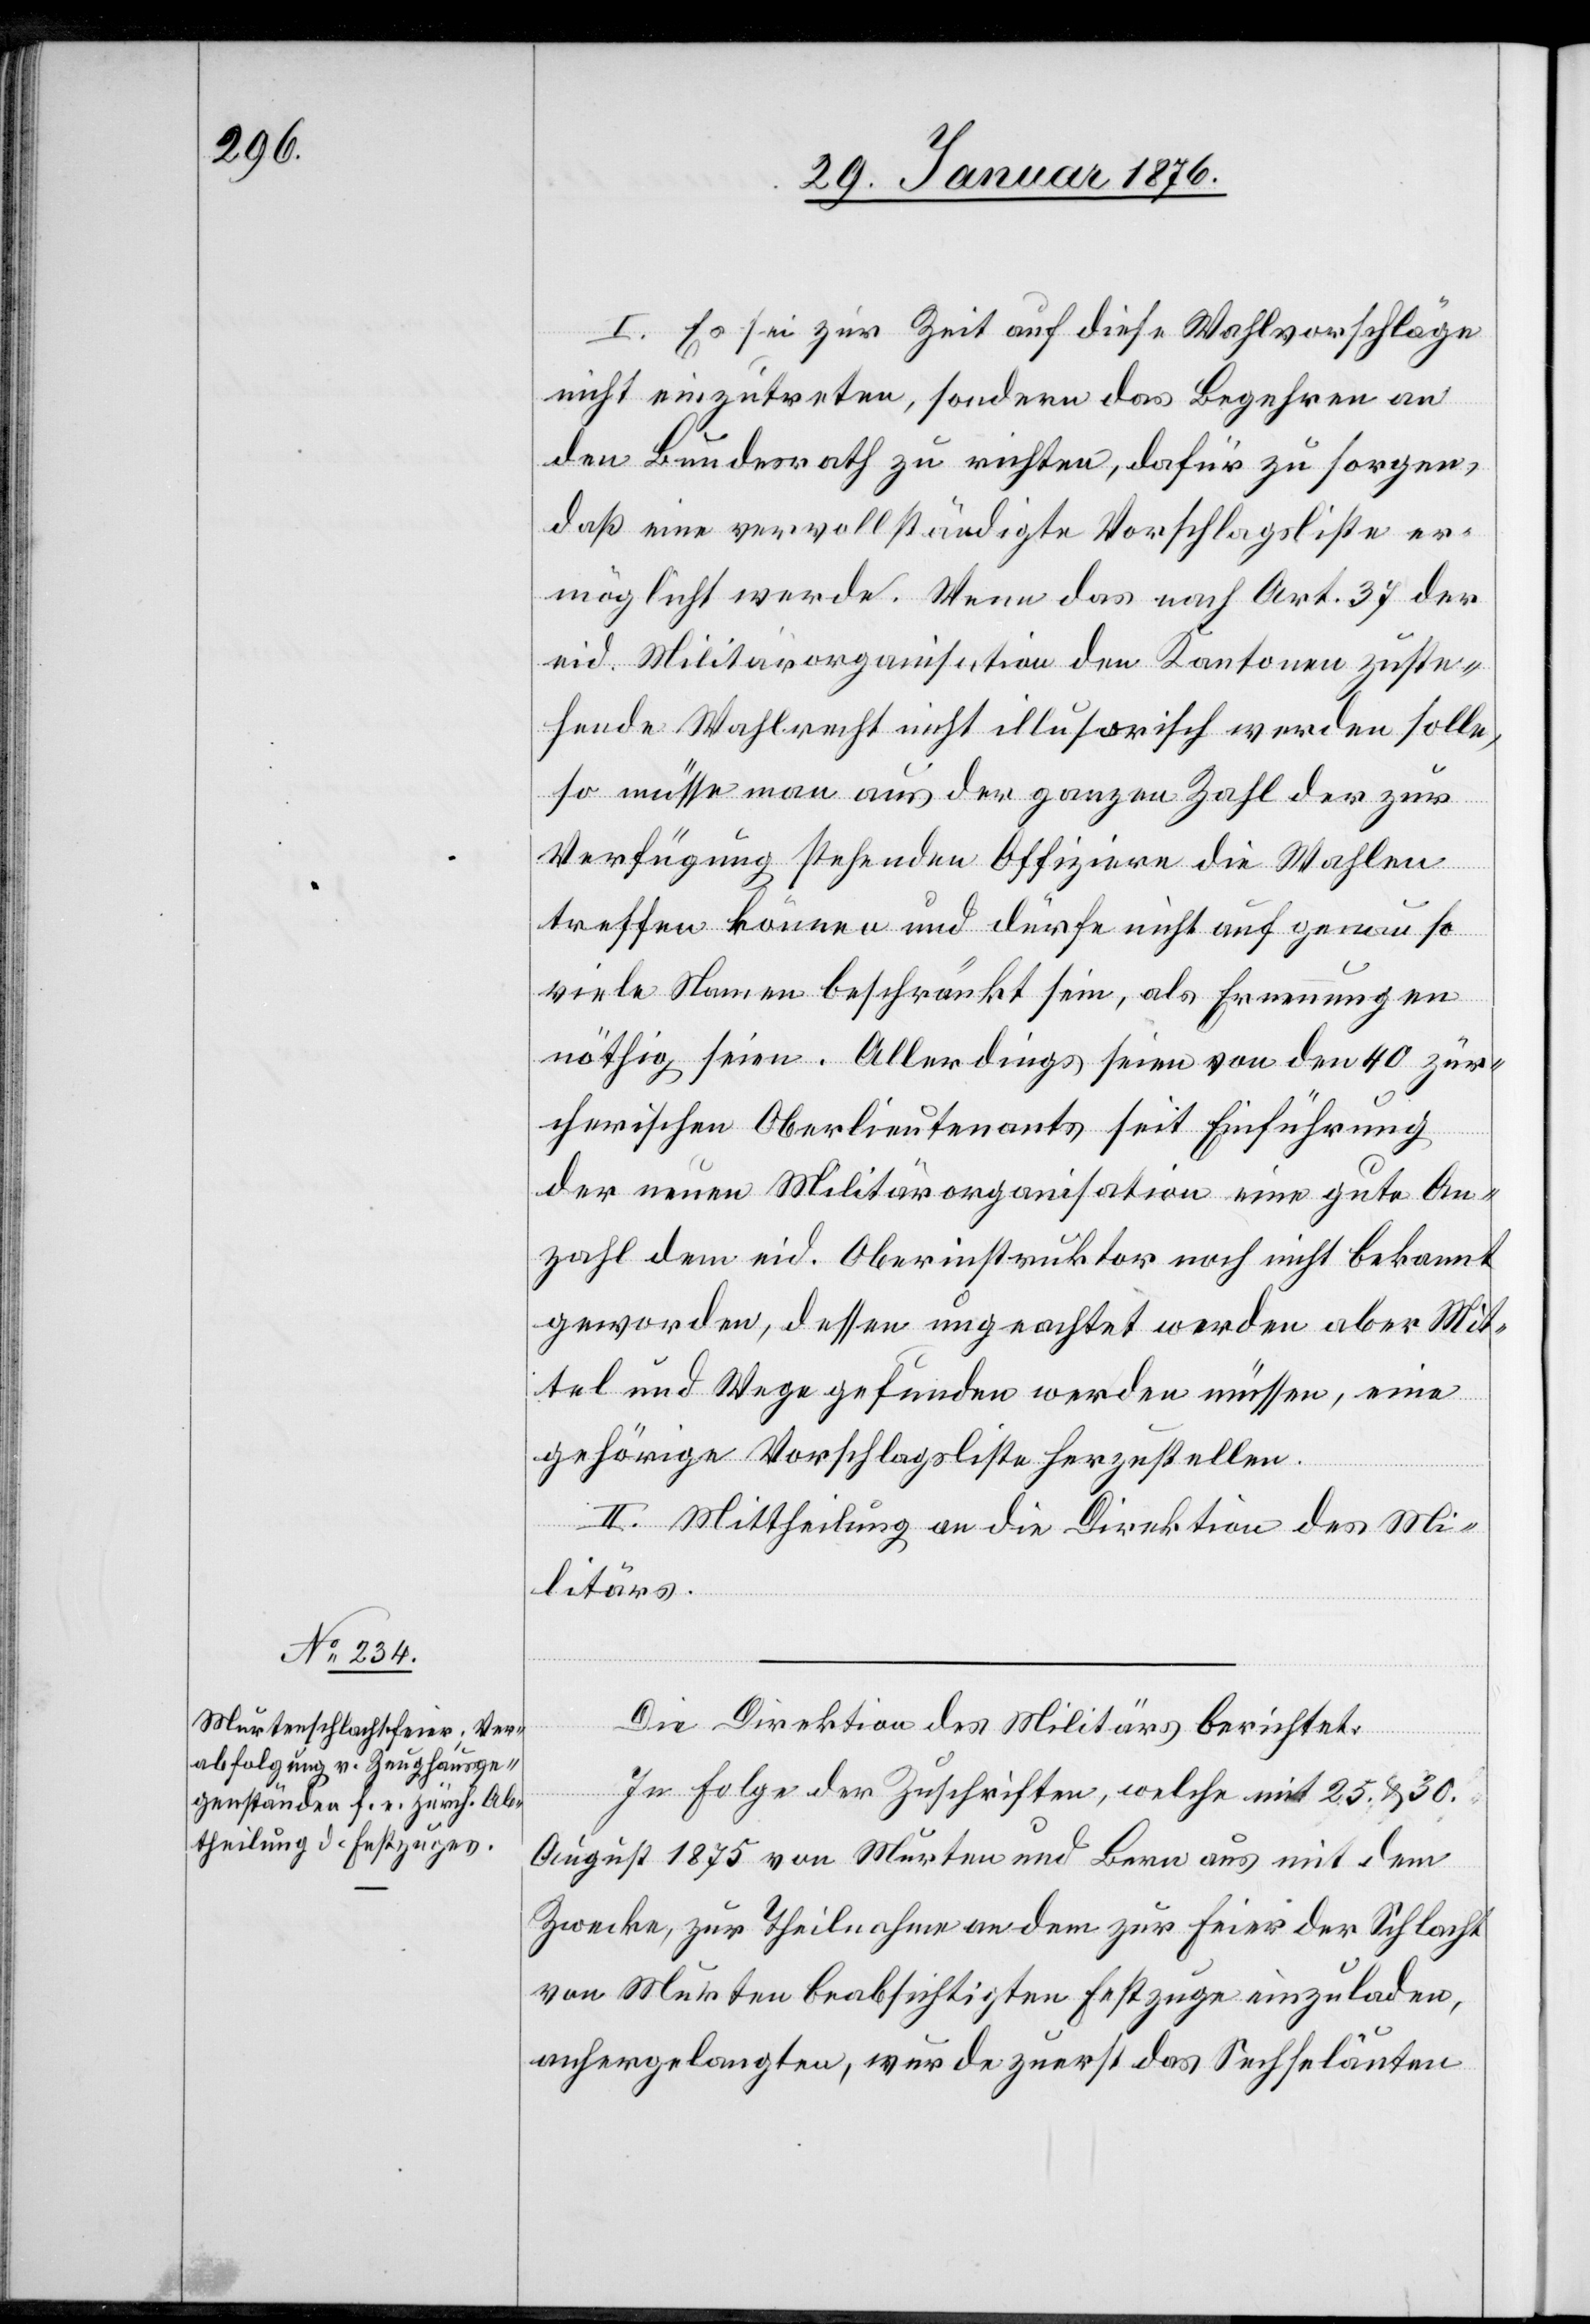
I. Es sei zur Zeit auf diese Wahlvorschläge
nicht einzutreten, sondern das Begehren an
den Bundesrath zu richten, dafür zu sorgen,
daß eine vervollständigte Vorschlagsliste er¬
möglicht werde. Wenn das nach Art. 37 der
eid. Militärorganisation den Kantonen zuste¬
hende Wahlrecht nicht illusorisch werden solle,
so müsse man aus der ganzen Zahl der zur
Verfügung stehenden Offiziere die Wahlen
treffen können und dürfe nicht auf genau so
viele Namen beschränkt sein, als Ernennungen
nöthig seien. Allerdings seien von den 40 zür¬
cherischen Oberlieutenants seit Einführung
der neuen Militärorganisation eine gute An¬
zahl dem eid. Oberinstruktor noch nicht bekannt
geworden, dessen ungeachtet werden aber Mit¬
tel und Wege gefunden werden müssen, eine
gehörige Vorschlagsliste herzustellen.
II. Mittheilung an die Direktion des Mi¬
litärs.
Die Direktion des Militärs berichtet:
In Folge der Zuschriften, welche mit 25. u. 30.
August 1875 von Murten und Bern aus mit dem
Zwecke, zur Theilnahme an dem zur Feier der Schlacht
von Murten beabsichtigten Festzuge einzuladen,
anhergelangten, wurde zuerst das Sechseläuten